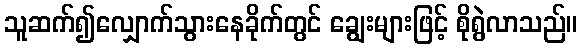
သူဆက်၍လျှောက်သွားနေခိုက်တွင် ချွေးများဖြင့် စိုရွဲလာသည်။